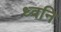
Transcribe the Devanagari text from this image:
ध्‍वनि